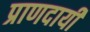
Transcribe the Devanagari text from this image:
प्राणदायी